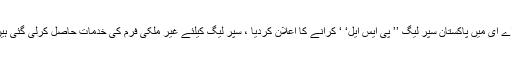
2015ء) پاکستان کرکٹ بور ڈنے آئندہ سال فروری میں یو اے ای میں پاکستان سپر لیگ ’’ پی ایس ایل‘ ‘ کرانے کا اعلان کردیا ، سپر لیگ کیلئے غیر ملکی فرم کی خدمات حاصل کرلی گئی ہیں ، سپر لیگ میں غیر ملکی کھلاڑی بھی شرکت کریں گے ۔